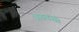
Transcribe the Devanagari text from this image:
अग्रवंशी